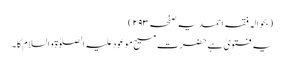
(بحوالہ فقہ احمدیہ صفحہ ۲۹۳)
یہ فتویٰ ہے حضرت مسیح موعود علیہ الصلوٰۃ و السلام کا۔